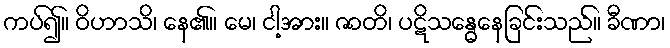
ကပ်၍။ ဝိဟာသိ၊ နေ၏။ မေ၊ ငါ့အား။ ဇာတိ၊ ပဋိသန္ဓေနေခြင်းသည်။ ခီဏာ၊